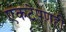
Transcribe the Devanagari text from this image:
एकटेपणही